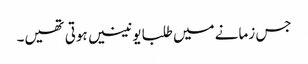
جس زمانے میں طلبا یونینیں ہوتی تھیں۔